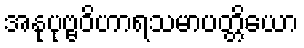
အနုပုဗ္ဗဝိဟာရသမာပတ္တိယော